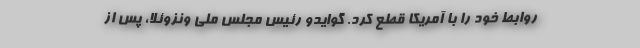
روابط خود را با آمریکا قطع کرد. گوایدو رئیس مجلس ملی ونزوئلا، پس از